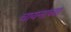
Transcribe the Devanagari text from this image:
चायनाच्या